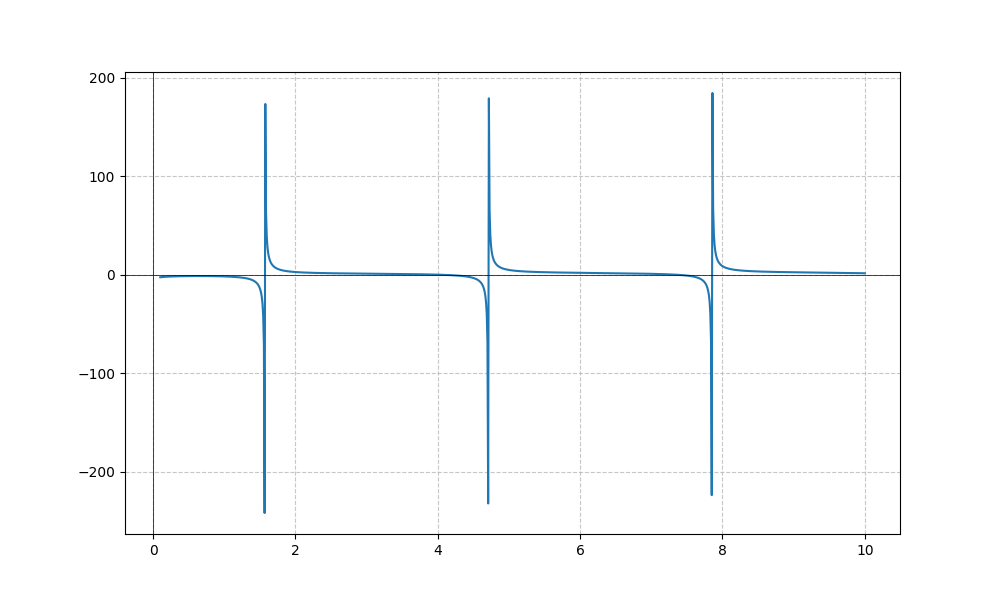
LaTeX formula: \log{\left(x \right)} - \tan{\left(x \right)}